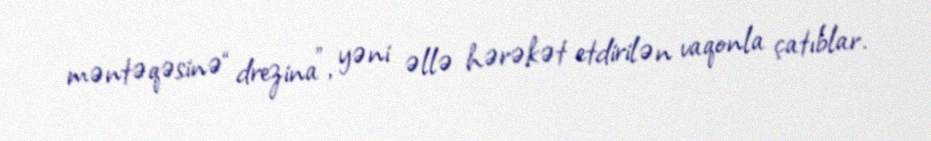
məntəqəsinə “drezina”, yəni əllə hərəkət etdirilən vaqonla çatıblar.